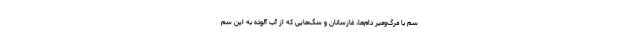
سم با مرگ‌ومیر دام‌ها، غازسانان و سگ‌هایی که از آب آلوده به این سم